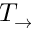
T _ { \rightarrow }